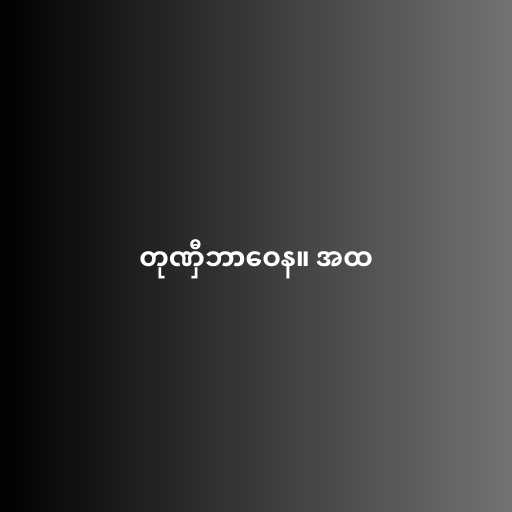
တုဏှီဘာဝေန။ အထ